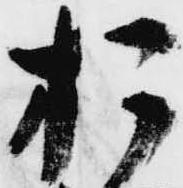
お